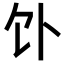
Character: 𬲥